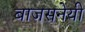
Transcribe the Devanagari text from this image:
बाजसनेयी